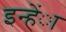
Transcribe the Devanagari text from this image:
इन्हेंा